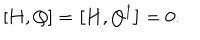
\left[ { \bf H } , Q \right] = \left[ { \bf H } , Q ^ { \dagger } \right] = 0 .